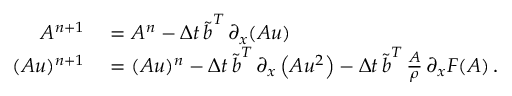
\begin{array} { r l } { A ^ { n + 1 } } & { { } = A ^ { n } - \Delta t \, \boldsymbol { \tilde { b } } ^ { T } \, \partial _ { x } ( \boldsymbol { A u } ) } \\ { ( A u ) ^ { n + 1 } } & { { } = ( A u ) ^ { n } - \Delta t \, \boldsymbol { \tilde { b } } ^ { T } \, \partial _ { x } \left( \boldsymbol { A u ^ { 2 } } \right) - \Delta t \, \boldsymbol { \tilde { b } } ^ { T } \, \frac { \boldsymbol { A } } { \rho } \, \partial _ { x } \boldsymbol { F } ( \boldsymbol { A } ) \, . } \end{array}